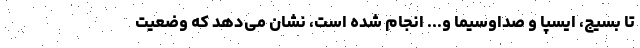
تا بسیج، ایسپا و صداوسیما و... انجام شده است، نشان می‌دهد که وضعیت